Annual report of the Civil Veterinary Department, Bengal, for the year 1897-98 - 1897-1898
Year: 1897
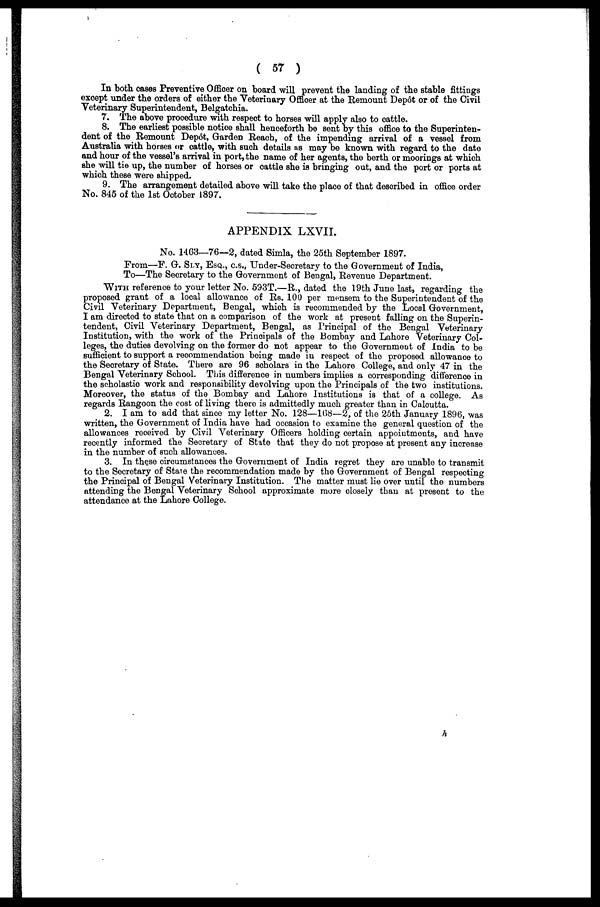
( 57 )
In both cases Preventive Officer on board will prevent the landing of the stable fittings
except under the orders of either the Veterinary Officer at the Remount Depot or of the Civil
Veterinary Superintendent, Belgatchia.
7. The above procedure with respect to horses will apply also to cattle.
8. The earliest possible notice shall henceforth be sent by this office to the Superinten-
dent of the Remount Depot, Garden Reach, of the impending arrival of a vessel from
Australia with horses or cattle, with such details as may be known with regard to the date
and hour of the vessel's arrival in port, the name of her agents, the berth or moorings at which
she will tie up, the number of horses or cattle she is bringing out, and the port or ports at
which these were shipped.
9. The arrangement detailed above will take the place of that described in office order
No. 845 of the 1st October 1897.
APPENDIX LXVII.
No. 1463—76—2, dated Simla, the 25th September 1897.
From—F. G. SI.Y, ESQ., C.S. Under-Secretary to the Government of India,
To—The Secretary to the Government of Bengal, Revenue Department.
WITH reference to your letter No. 593T.—R., dated the 19th June last, regarding the
proposed grant of a local allowance of Rs. 100 per mensem to the Superintendent of the
Civil Veterinary Department, Bengal, which is recommended by the Local Government,
I am directed to state that on a comparison of the work at present falling on the Superin-
tendent, Civil Veterinary Department, Bengal, as Principal of the Bengal Veterinary
Institution, with the work of the Principals of the Bombay and Lahore Veterinary Col-
leges, the duties devolving on the former do not appear to the Government of India to be
sufficient to support a recommendation being made in respect of the proposed allowance to
the Secretary of State. There are 96 scholars in the Lahore College, and only 47 in the
Bengal Veterinary School. This difference in numbers implies a corresponding difference in
the scholastio work and responsibility devolving upon the Principals of the two institutions.
Moreover, the status of the Bombay and Lahore Institutions is that of a college. As
regards Rangoon the cost of living there is admittedly much greater than in Calcutta.
2. I am to add that since my letter No. 128—168—2, of the 25th January 1896, was
written, the Government of India have had occasion to examine the general question of the
allowances received by Civil Veterinary Officers holding certain appointments, and have
recently informed the Secretary of State that they do not propose at present any increase
in the number of such allowances.
3. In these circumetances the Government of India regret they are unable to transmit
to the Secretary of State the recommendation made by the Government of Bengal respecting
the Principal of Bengal Veterinary Institution. The matter must lie over until the numbers
attending the Bengal Veterinary School approximate more olosely than at present to the
attendance at the Lahore College.
h